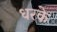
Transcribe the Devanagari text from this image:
धरके